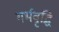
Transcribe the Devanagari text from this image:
गर्भवृद्धि